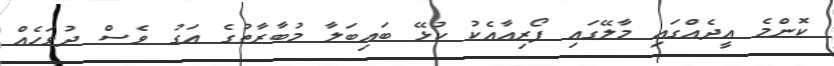
ކޮންމެ އީދެއްގައި މާލޭގައި ފޯރިއާއެކު ކުޅޭ ބައިބަލާ މުބާރާތުގެ އަގު ވެސް ދުވަހެއް